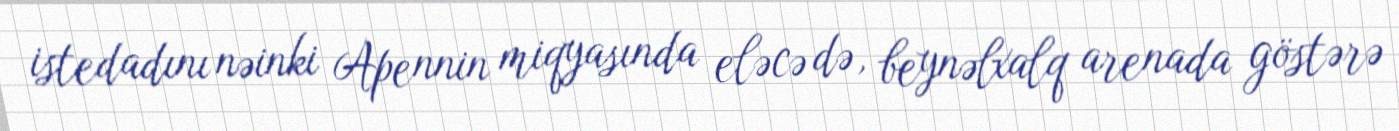
istedadını nəinki Apennin miqyasında eləcə də, beynəlxalq arenada göstərə